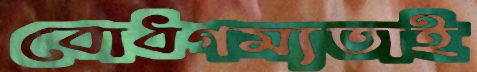
বোধগম্যতাই